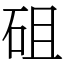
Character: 砠